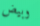
وبيض